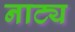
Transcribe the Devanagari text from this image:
नाट्य